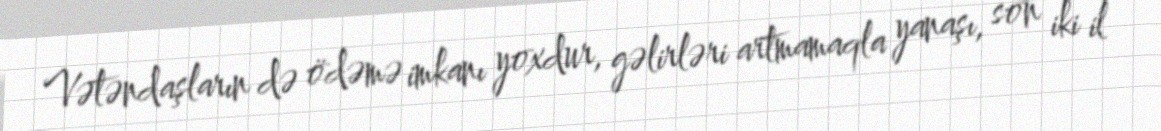
Vətəndaşların də ödəmə imkanı yoxdur, gəlirləri artmamaqla yanaşı, son iki il